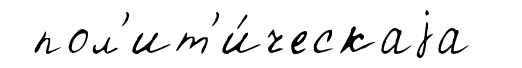
пол'ит'и́ческаjа